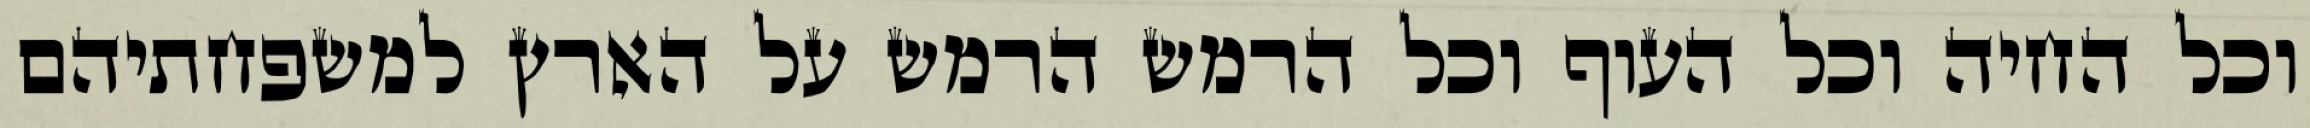
וכל החיה וכל העוף וכל הרמש הרמש על הארץ למשפחתיהם